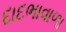
દાદભાવાળા